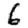
Digit: 6